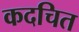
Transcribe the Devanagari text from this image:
कदचित